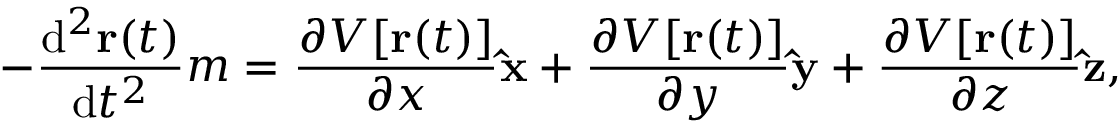
- { \frac { \mathrm { d } ^ { 2 } \mathbf { r } ( t ) } { \mathrm { d } t ^ { 2 } } } m = { \frac { \partial V [ \mathbf { r } ( t ) ] } { \partial x } } \mathbf { \hat { x } } + { \frac { \partial V [ \mathbf { r } ( t ) ] } { \partial y } } \mathbf { \hat { y } } + { \frac { \partial V [ \mathbf { r } ( t ) ] } { \partial z } } \mathbf { \hat { z } } ,